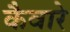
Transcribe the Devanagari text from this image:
कैवारे